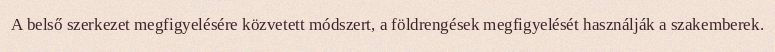
A belső szerkezet megfigyelésére közvetett módszert, a földrengések megfigyelését használják a szakemberek.